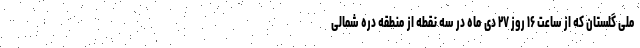
ملی گلستان که از ساعت ۱۶ روز ۲۷ دی ماه در سه نقطه از منطقه دره شمالی